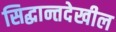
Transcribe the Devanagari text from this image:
सिद्धान्तदेखील